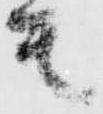
其